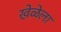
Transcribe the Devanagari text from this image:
खेळेला